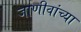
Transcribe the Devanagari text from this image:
जाणीवांच्या